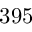
3 9 5